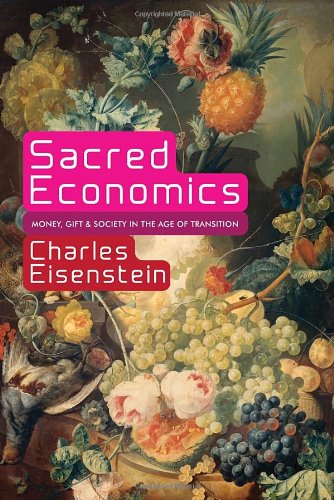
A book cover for Sacred Economics: Money, Gift, and Society in the Age of Transition; Charles Eisenstein; Science & Math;